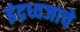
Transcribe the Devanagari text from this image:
इंद्रध्वजाचे